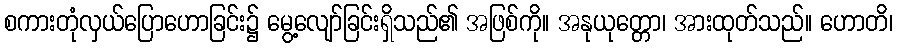
စကားတုံလှယ်ပြောဟောခြင်း၌ မွေ့လျော်ခြင်းရှိသည်၏ အဖြစ်ကို။ အနုယုတ္တော၊ အားထုတ်သည်။ ဟောတိ၊